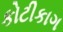
કોટીકાગ